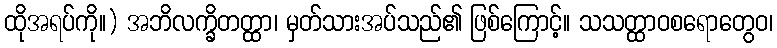
ထိုအရပ်ကို။) အဘိလက္ခိတတ္ထာ၊ မှတ်သားအပ်သည်၏ ဖြစ်ကြောင့်။ သသတ္ထာဝစရောတွေဝ၊